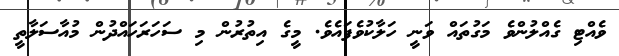
ވެއްޓި ގެއްލުންވެ މަގުތައް ވަނީ ހަލާކުވެފައެވެ. މީގެ އިތުރުން މި ސަހަރަހައްދުން މުއާސަލާތީ